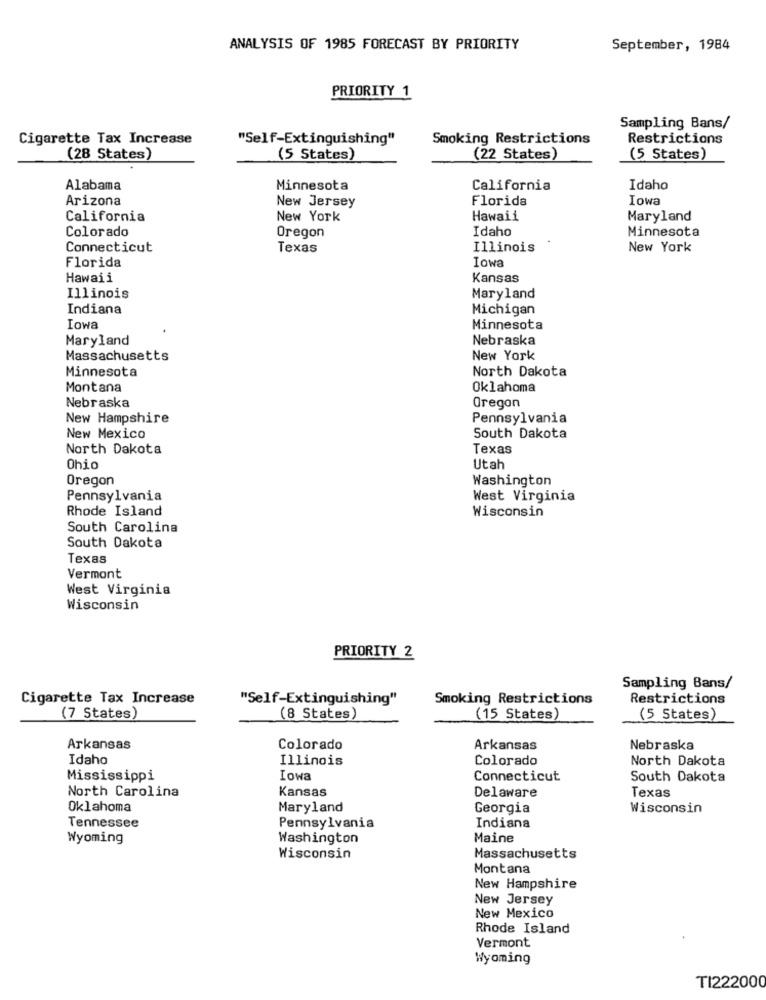
ANALYSIS OF 1985 FORECAST BY PRIORITY
September, 1984
PRIORITY 1
Sampling Bans/
Cigarette Tax Increase
"Self-Extinguishing"
Smoking Restrictions
Restrictions
(28 States)
(5 States)
(22 States)
(5 States)
Alabama
Minnesota
California
Idaho
Arizona
Florida
Iowa
New Jersey
California
New York
Hawaii
Maryland
Colorado
Idaho
Minnesota
Oregon
Connecticut
Texas
Illinois
New York
Florida
Iowa
Hawaii
Kansas
Illinois
Maryland
Indiana
Michigan
Iowa
Minnesota
Maryland
Nebraska
Massachusetts
New York
Minnesota
North Dakota
Montana
Oklahoma
Nebraska
Oregon
New Hampshire
Pennsylvania
New Mexico
South Dakota
North Dakota
Texas
Ohio
Utah
Oregon
Washington
Pennsylvania
West Virginia
Rhode Island
Wisconsin
South Carolina
South Dakota
Texas
Vermont
West Virginia
Wisconsin
PRIORITY 2
Sampling Bans/
Cigarette Tax Increase
"Self-Extinguishing"
Smoking Restrictions
Restrictions
(7 States)
(8 States)
(15 States)
(5 States)
Arkansas
Colorado
Arkansas
Nebraska
Idaho
Illinois
Colorado
North Dakota
Mississippi
Iowa
Connecticut
South Dakota
Kansas
North Carolina
Delaware
Texas
Oklahoma
Maryland
Georgia
Wisconsin
Tennessee
Pennsylvania
Indiana
Wyoming
Washington
Maine
Wisconsin
Massachusetts
Montana
New Hampshire
New Jersey
New Mexico
Rhode Island
Vermont
Wyoming
TI222000